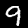
Digit: 9